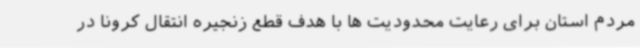
مردم استان برای رعایت محدودیت ها با هدف قطع زنجیره انتقال کرونا در